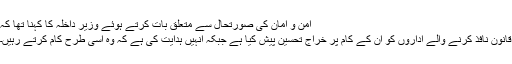
امن و امان کی صورتحال سے متعلق بات کرتے ہوئے وزیر داخلہ کا کہنا تھا کہ
قانون نافذ کرنے والے اداروں کو ان کے کام پر خراج تحسین پیش کیا ہے جبکہ انہیں ہدایت کی ہے کہ وہ اسی طرح کام کرتے رہیں۔